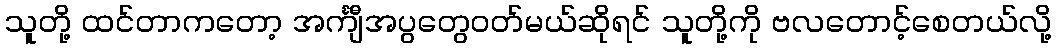
သူတို့ ထင်တာကတော့ အင်္ကျီအပွတွေဝတ်မယ်ဆိုရင် သူတို့ကို ဗလတောင့်စေတယ်လို့